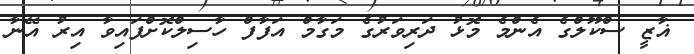
ޣާޒީ ސްކޫލްގެ އެންމެ މޮޅު ދަރިވަރުގެ މަގާމް އަފާފް ހާސިލްކޮށްފައިވާ އިރު އޭނާ